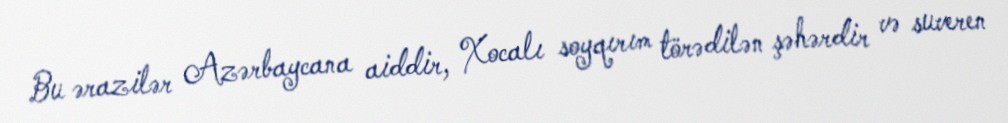
Bu ərazilər Azərbaycana aiddir, Xocalı soyqırım törədilən şəhərdir və suveren